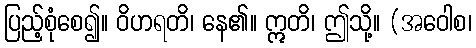
ပြည့်စုံစေ၍။ ဝိဟရတိ၊ နေ၏။ ဣတိ၊ ဤသို့။ (အဝေါစ၊